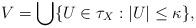
LaTeX: \begin{align*}V= \bigcup\{U\in \tau_X: |U|\le \kappa\}, \end{align*}